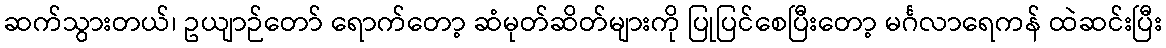
ဆက်သွားတယ်၊ ဥယျာဉ်တော် ရောက်တော့ ဆံမုတ်ဆိတ်များကို ပြုပြင်စေပြီးတော့ မင်္ဂလာရေကန် ထဲဆင်းပြီး